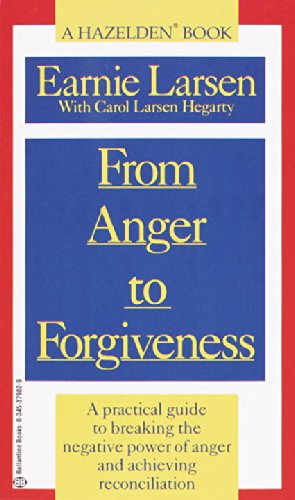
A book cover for From Anger to Forgiveness: A Practical Guide to Breaking the Negative Power of Anger and Achieving Reconciliation; Earnie Larsen; Self-Help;